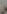
م